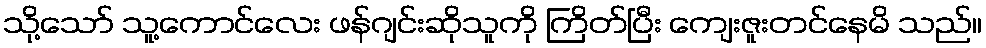
သို့သော် သူ့ကောင်လေး ဖန်ဂျင်းဆိုသူကို ကြိတ်ပြီး ကျေးဇူးတင်နေမိ သည်။